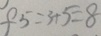
f 5 = 3 + 5 = 8